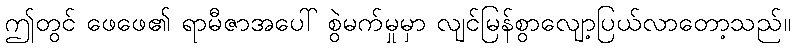
ဤတွင် ဖေဖေ၏ ရာမီဇာအပေါ် စွဲမက်မှုမှာ လျင်မြန်စွာလျော့ပြယ်လာတော့သည်။